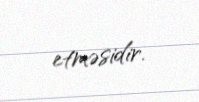
etməsidir.